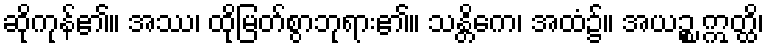
ဆိုကုန်၏။ အဿ၊ ထိုမြတ်စွာဘုရား၏။ သန္တိကေ၊ အထံ၌။ အယဉ္စ ဣတ္ထိ၊